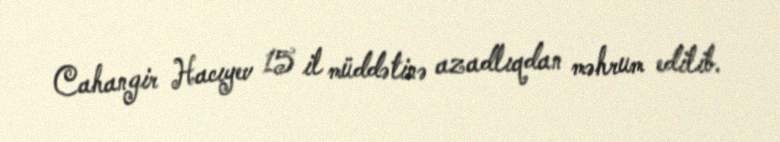
Cahangir Hacıyev 15 il müddətinə azadlıqdan məhrum edilib.